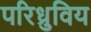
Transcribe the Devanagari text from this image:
परिध्रुविय